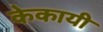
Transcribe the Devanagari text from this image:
केकायी